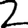
Digit: 2